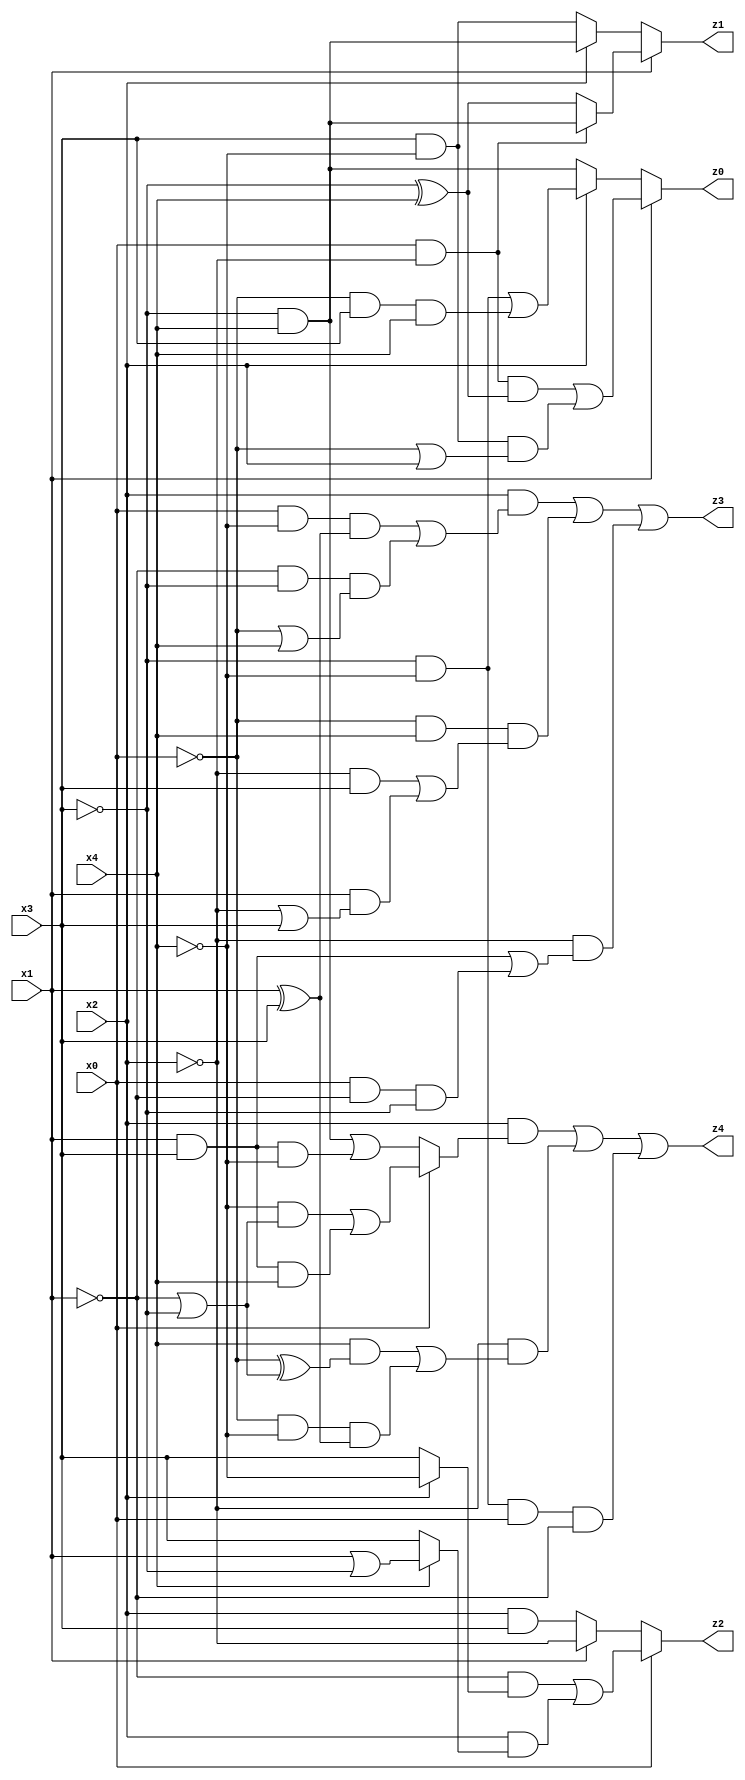
// Benchmark "q_10" written by ABC on Fri Jul 07 23:52:15 2023

module q_10 ( 
    x0, x1, x2, x3, x4,
    z0, z1, z2, z3, z4  );
  input  x0, x1, x2, x3, x4;
  output z0, z1, z2, z3, z4;
  assign z0 = x1 ? ((x0 & ~x2 & (~x3 ^ x4)) | (x3 & ~x4 & (~x0 | x2))) : (x2 ? ((~x3 & ~x4) | (~x0 & x3 & x4)) : (~x3 & x4));
  assign z1 = x1 ? ((x0 & ~x2) ? (~x3 & x4) : (~x3 ^ x4)) : (x2 ? (~x3 & x4) : (x3 & ~x4));
  assign z2 = x0 ? ((~x1 & (x2 ? ~x4 : x3)) | (x2 & (x4 ? (x1 | ~x3) : x3))) : (x1 ? ~x2 : (x2 & x3));
  assign z3 = (x2 & ((x0 & ~x4 & (x1 ^ x3)) | (~x1 & ~x3 & (~x0 | x4)))) | (~x0 & x4 & ((~x2 & x3) | (x1 & (~x2 | x3)))) | (~x2 & ((x1 & x3) | (x0 & ~x1 & ~x3)));
  assign z4 = (x2 & (x0 ? ((~x4 & (~x1 | ~x3)) | (x1 & x3 & x4)) : ((~x3 & x4) | (x1 & x3 & ~x4)))) | (~x2 & ((x4 & (~x0 ^ (~x1 | ~x3))) | (~x0 & ~x4 & (x1 ^ x3)))) | (~x3 & ~x4 & x0 & ~x1);
endmodule